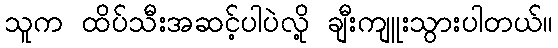
သူက ထိပ်သီးအဆင့်ပါပဲလို့ ချီးကျူးသွားပါတယ်။